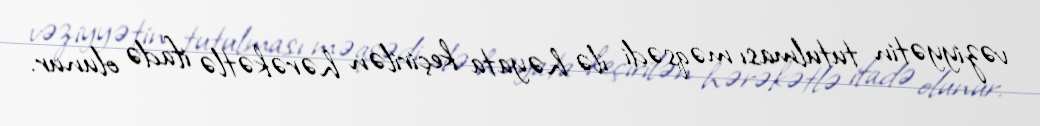
vəziyyətin tutulması məqsədi ilə həyata keçirilən hərəkətlə ifadə olunur.